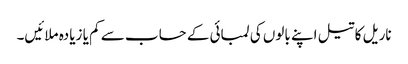
ناریل کا تیل اپنے بالوں کی لمبائی کے حساب سے کم یا زیادہ ملائیں۔